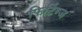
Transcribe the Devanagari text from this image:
फिटिंग्ज